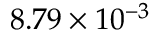
8 . 7 9 \times 1 0 ^ { - 3 }